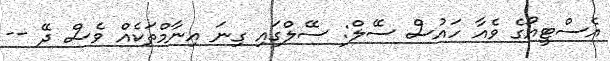
އެސްޓީއޯގެ ވެއާ ހައުސް ސޭލް: ސޭލްގައި ގިނަ އިނާމްތަކެއް ވެސް ދޭ --